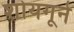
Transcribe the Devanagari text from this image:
शोयगूने